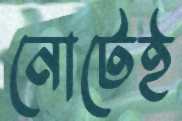
নোটেই